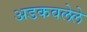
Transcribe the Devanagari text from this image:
अडकवलेले